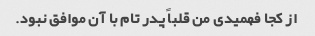
از کجا فهمیدی من قلباً پدر تام با آن موافق نبود.